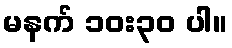
မနက် ၁၀း၃၀ ပါ။